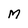
Character: M